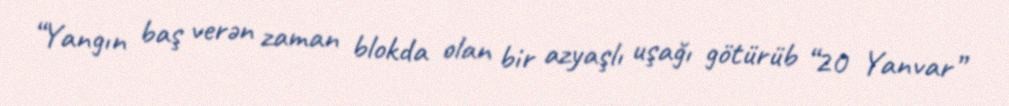
“Yangın baş verən zaman blokda olan bir azyaşlı uşağı götürüb “20 Yanvar”